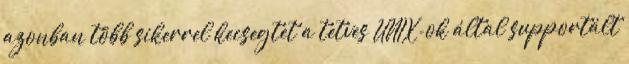
azonban több sikerrel kecsegtet a tetves UNIX-ok által supportált